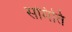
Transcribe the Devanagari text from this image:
समिति